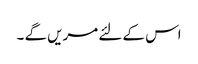
اس کے لئے مریں گے ۔